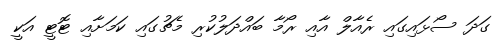
ގަަދަ ސޯޅައިގައި ރެއާލް އާއި ރޯމާ ބައްދަލުކުރި މެޗުގައި ކަމަށާއި ޓޮޓީ އަކީ